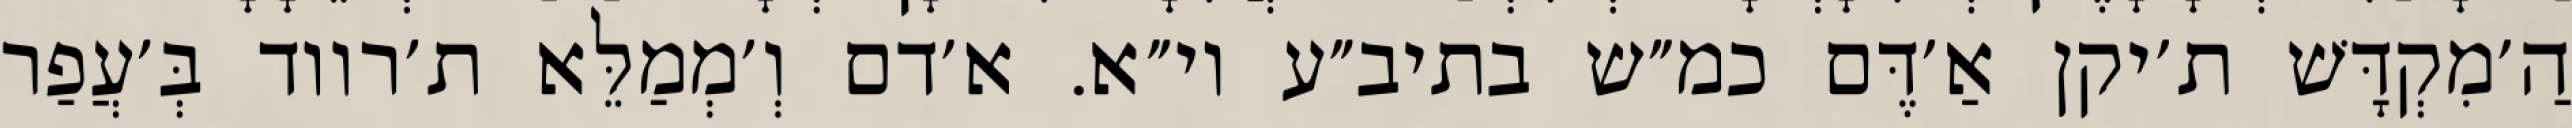
הַ׳מִקְדָּשׁ ת׳יקן אַ׳דֶּם כמ״ש בתיב״ע וי״א. א׳דם וְ׳מְמַלֵּא ת׳רווד בְּ׳עֲפַר